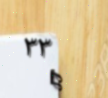
٣٣